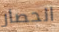
الحصار